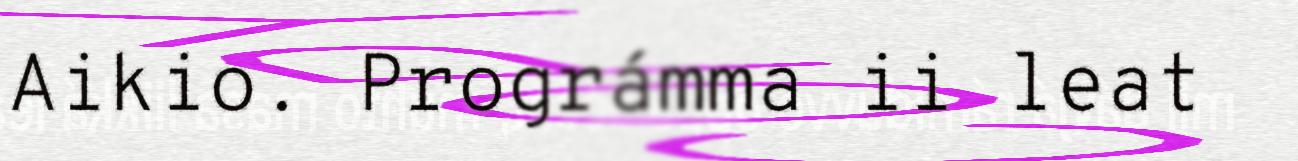
Aikio. Prográmma ii leat